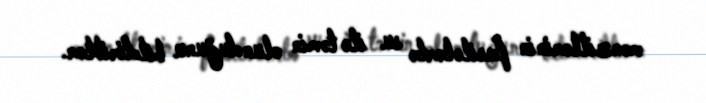
mənzillərinin fasilələrlə su ilə təmin olunduğunu bildiriblər.